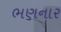
ભણનાર